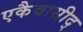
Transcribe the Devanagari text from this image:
एकैवासीद्